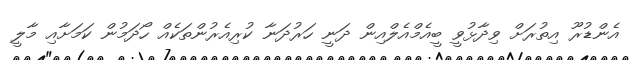
އެންޑުރޫ އިތުރަށް ވިދާޅުވީ ބީއެމްއެލްއިން ދަނީ ހަރުދަނާ ކުރިއެެރުންތަކެއް ހޯދަމުން ކަމަށާއި މާލީ